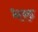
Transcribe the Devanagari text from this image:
भरु